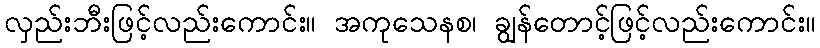
လှည်းဘီးဖြင့်လည်းကောင်း။ အကုသေနစ၊ ချွန်တောင့်ဖြင့်လည်းကောင်း။